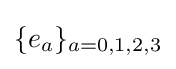
\{e_{a}\}_{a=0,1,2,3}